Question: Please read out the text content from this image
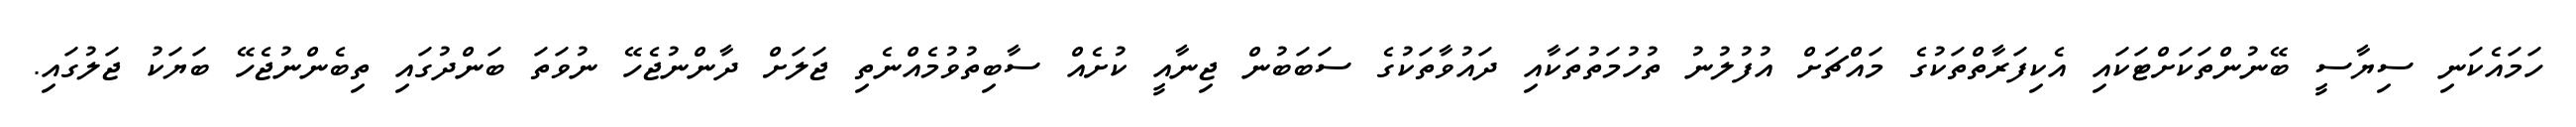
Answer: ހަމައެކަނި ސިޔާސީ ބޭނުންތަކަށްޓަކައި އެކިފަރާތްތަކުގެ މައްޗަށް އުފުލުނު ތުހުމަތުތަކާއި ދައުވާތަކުގެ ސަބަބުން ޖިނާއީ ކުށެއް ސާބިތުވުމެއްނެތި ޖަލަށް ދާންނުޖެހޭ ނުވަތަ ބަންދުގައި ތިބެންނުޖެހޭ ބަޔަކު ޖަލުގައި.